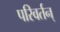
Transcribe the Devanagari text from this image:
परिवर्तन्